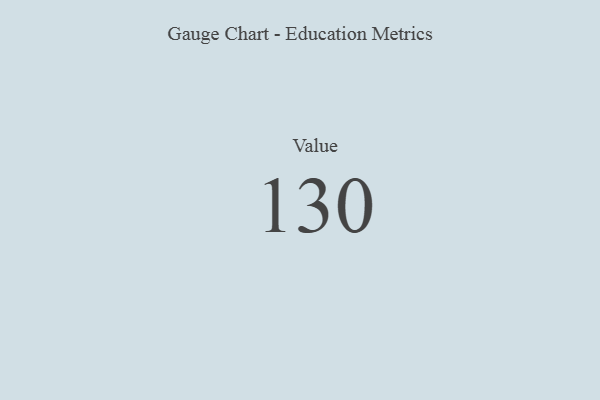
{"axis": {"x": "Metric", "y": "Value"}, "legend": [""], "data": [{"x": "Value", "y": 130, "type": ""}]}